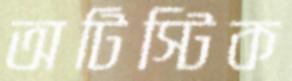
অটিস্টিক